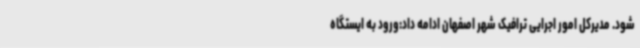
شود. مدیرکل امور اجرایی ترافیک شهر اصفهان ادامه داد:ورود به ایستگاه